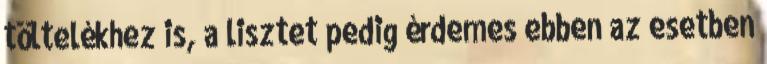
töltelékhez is, a lisztet pedig érdemes ebben az esetben